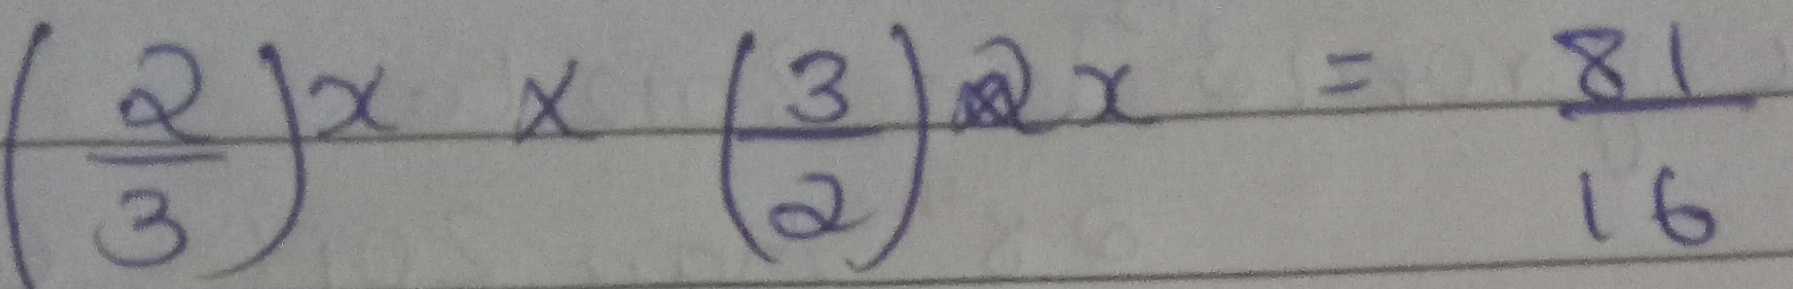
\[
\left(\frac{2}{3}\right)^x\times\left(\frac{3}{2}\right)^{2x}=\frac{81}{16}
\]